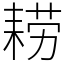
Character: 耢